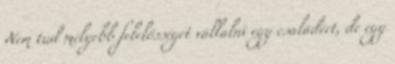
Nem tud mélyebb felelősséget vállalni egy családért, de egy